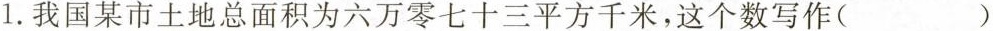
1.我国某市土地总面积为六万零七十三平方千米，这个数写作()